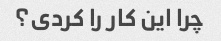
چرا این کار را کردی؟